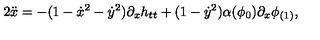
2 \ddot { x } = - ( 1 - \dot { x } ^ { 2 } - \dot { y } ^ { 2 } ) \partial _ { x } h _ { t t } + ( 1 - \dot { y } ^ { 2 } ) \alpha ( \phi _ { 0 } ) \partial _ { x } \phi _ { ( 1 ) } ,